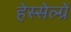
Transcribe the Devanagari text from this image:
हेस्सेल्ग्रें